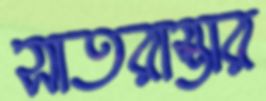
সাতরাস্তার